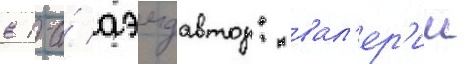
в 1-и́ аэмдавтор: вал'ер'ии